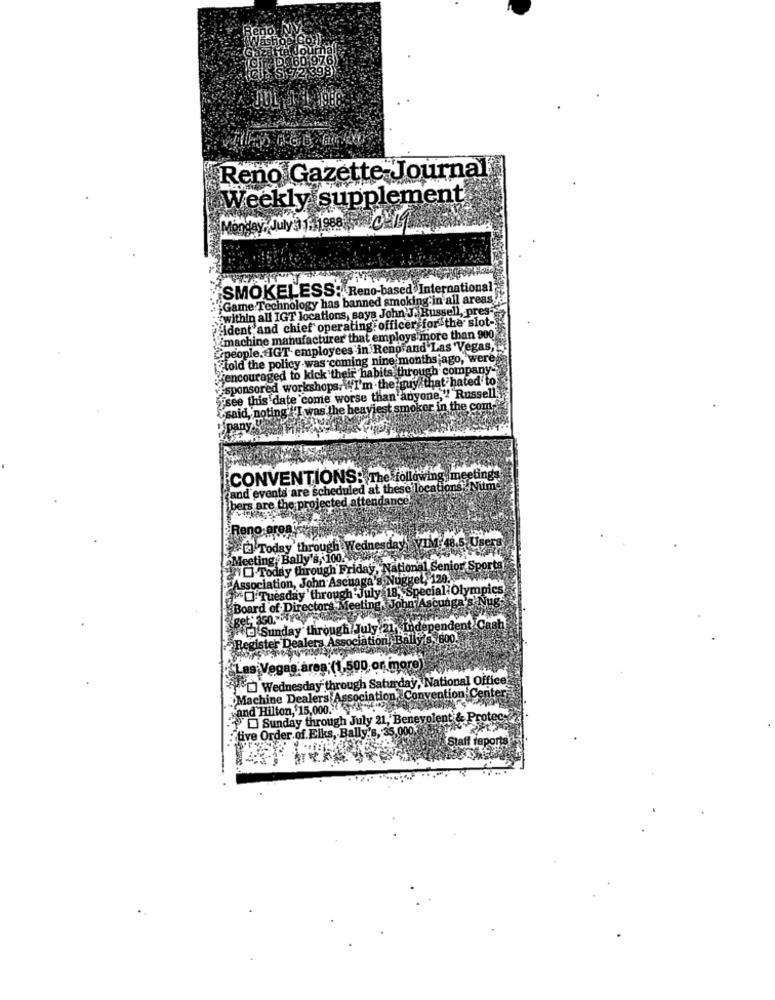
Reno Gazette Journal
Weekly supplement
Monday, July 1. 1988
SMOKELESS: Reno-based International
+"Game Technology has banned smoking in all areas
within all IGT locations, says John J. Russell, pres-
"ident and chief operating officer for the slot-
imachine manufacturer that employs more than 900
ople. aIGT employees in Rengrand Las Vegas,
-told the policy was coming nine months ago, were
caged to kick their habits, through company-
sored workshops. \"I'm the guy that hated to
see this date come worse than anyone,'" Russell
id, noting' 'I was the heaviest smoker in the com-
CONVENTIONS: The following meeting?
and events are scheduled at these locations!Numt
bers are the projected attendan
E Today through Wednesday VIM 48.5 Users
eno areni:
Meeting, Bally's, 100. C.
NO Today through Friday, National Senior Sports
Association, John Ascuaga's
Nugget, 120.
O Tuesday through July 18, Special Olympics
Board of Directors Meeting. John Ascunga's Nu
independent Cash
Sunday through July 21, Inder
Register Dealers Ass
Association Balls 1, 800.
Las Vegas area: (1,500 or more)
[] Wednesday through Saturday, National Office
Machine Dealers Association, Convention Center
Land Hilton, $15,000. 04. 2002 1 40
Sunday through July 21, Benevolent & Protec-
tive Order of. Elks, Bally's, 35,000.
Staff report